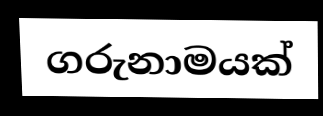
ගරුනාමයක්